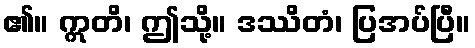
၏။ ဣတိ၊ ဤသို့။ ဒဿိတံ၊ ပြအပ်ပြီ။